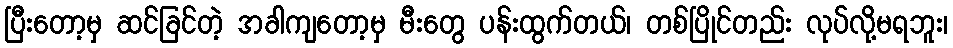
ပြီးတော့မှ ဆင်ခြင်တဲ့ အခါကျတော့မှ မီးတွေ ပန်းထွက်တယ်၊ တစ်ပြိုင်တည်း လုပ်လို့မရဘူး၊